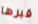
قبرها